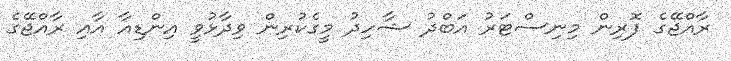
ރާއްޖޭގެ ފޮރިން މިނިސްޓަރު އަބްދު ޝާހިދު މީގެކުރިން ވިދާޅުވީ އިންޑިއާ އާއި ރާއްޖޭގެ